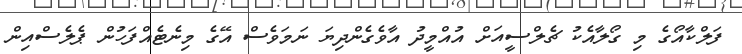
ފަލްކާއޯގެ މި ގޯލާއެކު ޗެލްސީއަށް އުއްމީދު އާވެގެންދިޔަ ނަމަވެސް އޭގެ މިނެޓެއްފަހުން ޕެލެސްއިން